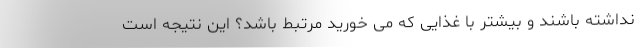
نداشته باشند و بیشتر با غذایی که می خورید مرتبط باشد؟ این نتیجه است